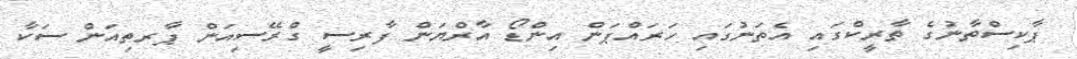
ޕާކިސްތާނުގެ ތާރީކްގައި އެތަނުގައި ހަރައްޕަން އިންޑޯ އާރްޔަން ފާރިސީ ގްރޭސިއަން ޕާރތިއަން ސަކާ